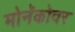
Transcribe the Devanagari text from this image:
मोनॅकोवर